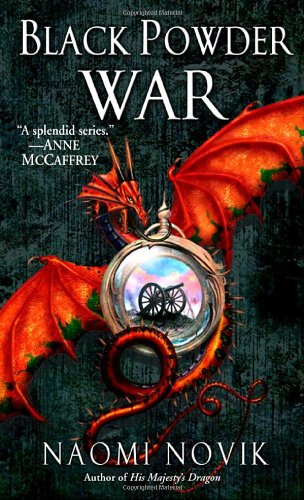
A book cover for Black Powder War (Temeraire, Book 3); Naomi Novik; Science Fiction & Fantasy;